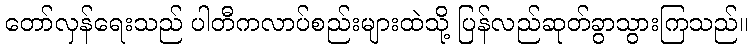
တော်လှန်ရေးသည် ပါတီကလာပ်စည်းများထဲသို့ ပြန်လည်ဆုတ်ခွာသွားကြသည်။